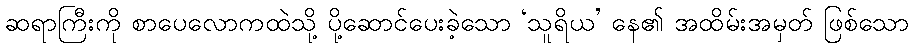
ဆရာကြီးကို စာပေလောကထဲသို့ ပို့ဆောင်ပေးခဲ့သော ‘သူရိယ’ နေ၏ အထိမ်းအမှတ် ဖြစ်သော